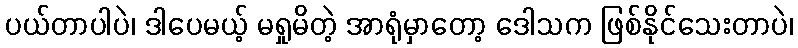
ပယ်တာပါပဲ၊ ဒါပေမယ့် မရှုမိတဲ့ အာရုံမှာတော့ ဒေါသက ဖြစ်နိုင်သေးတာပဲ၊